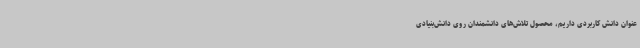
عنوان دانش کاربردی داریم، محصول تلاش‌های دانشمندان روی دانش‌بنیادی